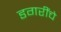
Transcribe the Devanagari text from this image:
डगरींचे